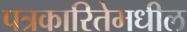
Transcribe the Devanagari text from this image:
पत्रकारितेमधील